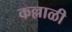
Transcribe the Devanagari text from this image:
कल्लाळी